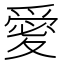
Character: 𭐫